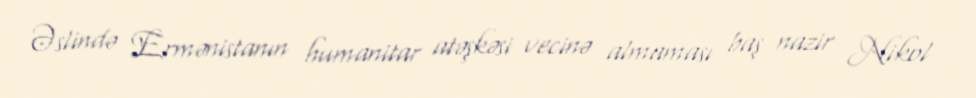
Əslində Ermənistanın humanitar atəşkəsi vecinə almaması baş nazir Nikol